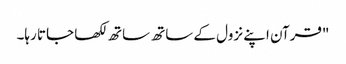
"قرآن اپنے نزول کے ساتھ ساتھ لکھا جاتا رہا۔